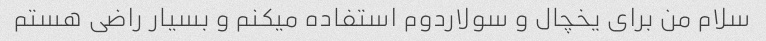
سلام من برای یخچال و سولاردوم استفاده میکنم و بسیار راضی هستم